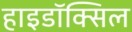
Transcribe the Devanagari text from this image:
हाइडॉक्सिल